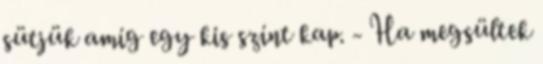
sütjük amíg egy kis színt kap. - Ha megsültek